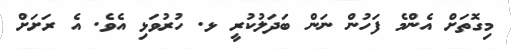
މިގޮތަށް އެންމެ ފަހުން ނަން ބަދަލުކުރީ ޅ. ހުރުވަޅި އެވެ. އެ ރަށަށް